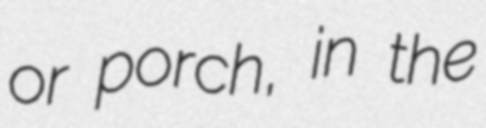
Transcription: or porch, in the